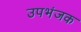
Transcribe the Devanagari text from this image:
उपभंजक